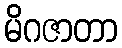
မိဂဇာတာ